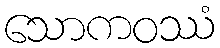
သောကဝဿံ